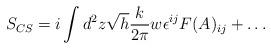
LaTeX: \begin{align*}S_{CS} = i \int d^2z \sqrt{h} {k \over 2 \pi} w \epsilon^{ij} F(A)_{ij} +\dots\end{align*}